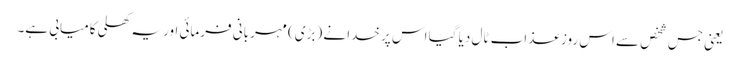
یعنی جس شخص سے اس روز عذاب ٹال دیا گیا اس پر خدا نے (بڑی) مہربانی فرمائی اور یہ کھلی کامیابی ہے۔